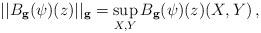
LaTeX: \begin{align*}||B_\mathbf{g}(\psi)(z)||_\mathbf{g} =\sup_{X,Y}B_\mathbf{g}(\psi)(z)(X,Y)\,,\end{align*}